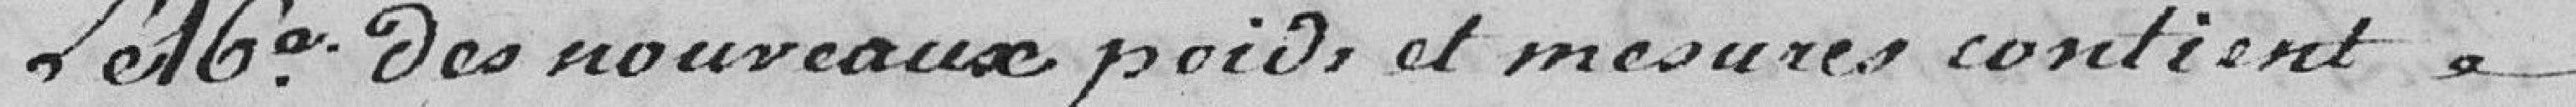
Le 16ème des nouveaux poids et mesures contient à